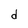
Character: d